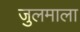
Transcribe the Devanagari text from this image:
जुलमाला